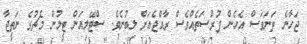
ޖަހާނެ ތަނަވަސް އެހެން ފުރުސަތެއްވެސް ރާއްޖެއަށް ލިބުނެވެ. ސްޓޭލިއަން ޓީމުން މެޗުގެ ނަތީޖާ